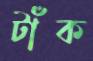
টাঁক